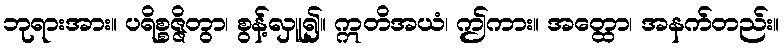
ဘုရားအား။ ပရိစ္စဇ္ဇိတွာ၊ စွန့်လှူ၍။ ဣတိအယံ၊ ဤကား။ အတ္ထော၊ အနက်တည်း။